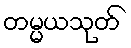
တမ္မယသုတ်